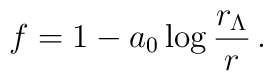
f= 1 - a_0 \log\frac{r_\Lambda}{r} \,.